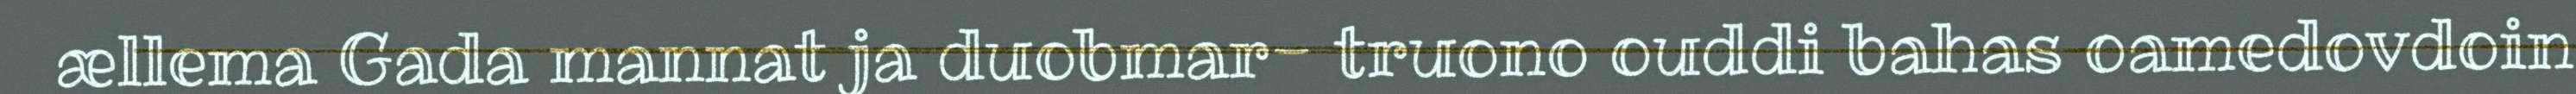
ællema Gada mannat ja duobmar- truono ouddi bahas oamedovdoin